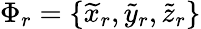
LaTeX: \Phi_{r}=\{ \widetilde{x}_{r},\widetilde{y}_{r},\widetilde{z}_{r}\}